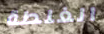
الغلطة